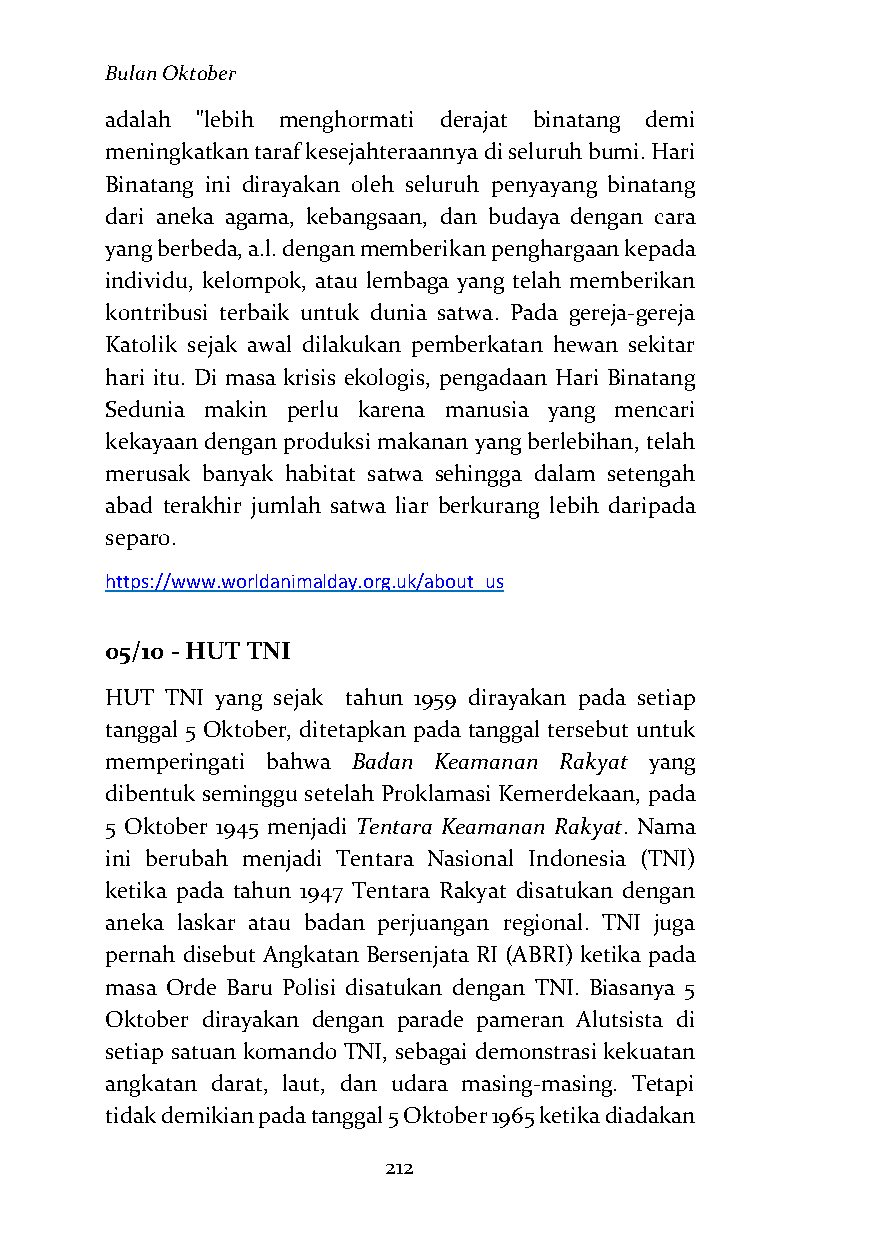
Bulan Oktober
 adalah "lebih menghormati derajat binatang demi
 meningkatkan taraf kesejahteraannya di seluruh bumi. Hari
 Binatang ini dirayakan oleh seluruh penyayang binatang
 dari aneka agama, kebangsaan, dan budaya dengan cara
 yang berbeda, a.l. dengan memberikan penghargaan kepada
 individu, kelompok, atau lembaga yang telah memberikan
 kontribusi terbaik untuk dunia satwa. Pada gereja-gereja
 Katolik sejak awal dilakukan pemberkatan hewan sekitar
 hari itu. Di masa krisis ekologis, pengadaan Hari Binatang
 Sedunia makin perlu karena manusia yang mencari
 kekayaan dengan produksi makanan yang berlebihan, telah
 merusak banyak habitat satwa sehingga dalam setengah
 abad terakhir jumlah satwa liar berkurang lebih daripada
 separo.
 https://www.worldanimalday.org.uk/about_us
 05/10 - HUT TNI
 HUT TNI yang sejak tahun 1959 dirayakan pada setiap
 tanggal 5 Oktober, ditetapkan pada tanggal tersebut untuk
 memperingati bahwa Badan Keamanan Rakyat yang
 dibentuk seminggu setelah Proklamasi Kemerdekaan, pada
 5 Oktober 1945 menjadi Tentara Keamanan Rakyat. Nama
 ini berubah menjadi Tentara Nasional Indonesia (TNI)
 ketika pada tahun 1947 Tentara Rakyat disatukan dengan
 aneka laskar atau badan perjuangan regional. TNI juga
 pernah disebut Angkatan Bersenjata RI (ABRI) ketika pada
 masa Orde Baru Polisi disatukan dengan TNI. Biasanya 5
 Oktober dirayakan dengan parade pameran Alutsista di
 setiap satuan komando TNI, sebagai demonstrasi kekuatan
 angkatan darat, laut, dan udara masing-masing. Tetapi
 tidak demikian pada tanggal 5 Oktober 1965 ketika diadakan
 212